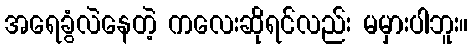
အရေခွံလဲနေတဲ့ ကလေးဆိုရင်လည်း မမှားပါဘူး။